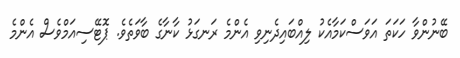
ބޭނުންވާ ހަކަތަ އަވަސްކަމާއެކު ލިއްބައިދެނިވި އެންމެ ރަނގަޅު ކާނާގެ ބާވަތެވެ. ޕޮޓޭސިއަމްވެސް އެންމެ